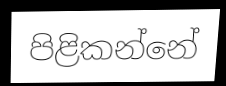
පිළිකන්නේ